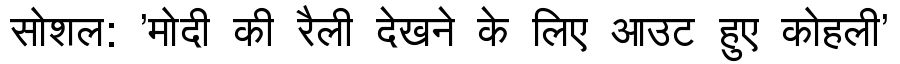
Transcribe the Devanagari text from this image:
सोशल: 'मोदी की रैली देखने के लिए आउट हुए कोहली'